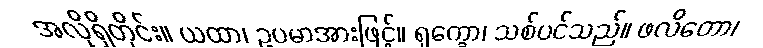
အလိုရှိတိုင်း။ ယထာ၊ ဥပမာအားဖြင့်။ ရုက္ခော၊ သစ်ပင်သည်။ ဖလိတော၊